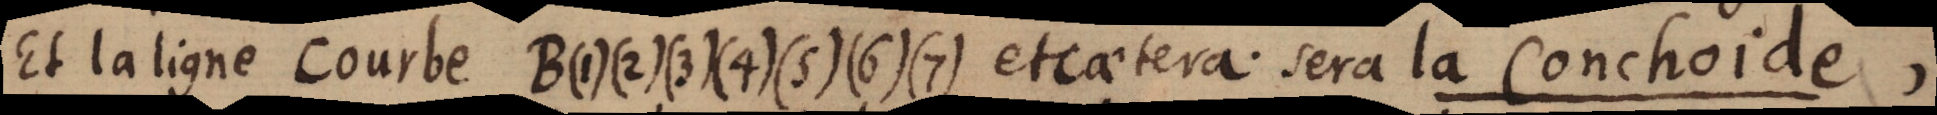
Et la ligne Courbe B(1)(2)(3)(4)(5)(6)(7) etcaetera. sera la Conchoide,